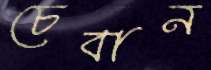
চেবান